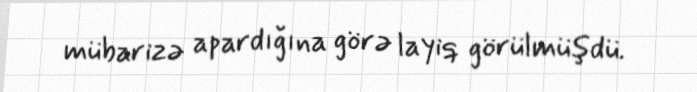
mübarizə apardığına görə layiq görülmüşdü.